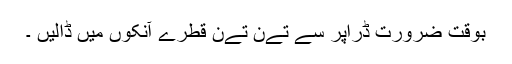
بوقت ضرورت ڈراپر سے تےن تےن قطرے آنکوں میں ڈالیں ۔